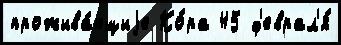
прожива́ющиjе Ко́ра 45 ф'еврал'я́